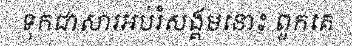
ទុកជាសារអប់រំសង្គមនោះ ពួកគេ